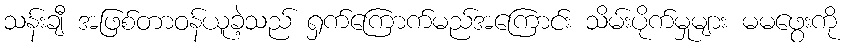
သန်းချီ အဖြစ်တာဝန်ယူခဲ့သည် ရှက်ကြောက်မည်အကြောင်း သိမ်းပိုက်မှုများ မမဖွေးကို